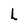
Character: L